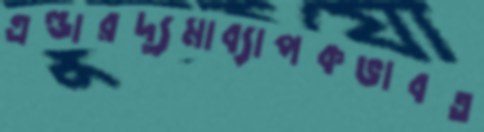
এল্ডারদ্যুমাব্যাপকভাবত